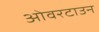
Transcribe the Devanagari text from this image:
ओवरटाउन